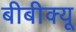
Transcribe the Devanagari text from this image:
बीबीक्यू